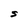
Character: S